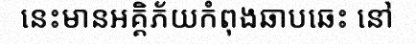
នេះមានអគ្គិភ័យកំពុងឆាបឆេះ នៅ